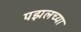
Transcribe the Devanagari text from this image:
पझलच्या